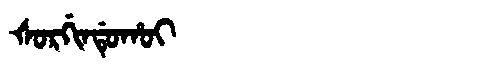
Manchu: ᡧᠣᡵᡤᡳᠨᡩᡠᡥᠣᡳ
Romanization: ŠORGINDUHOI